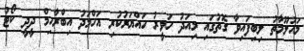
މައުލޫމާތު ލިބިފައިވާ ގޮތުގައި މިއަދު ހަވީރު ހައްޔަރުކުރި އަހްމަދު އިބްރާހިމް ދީދީ ކޯޓު